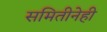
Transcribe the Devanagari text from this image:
समितीनेही